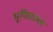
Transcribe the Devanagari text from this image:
भूयिकाम्ल